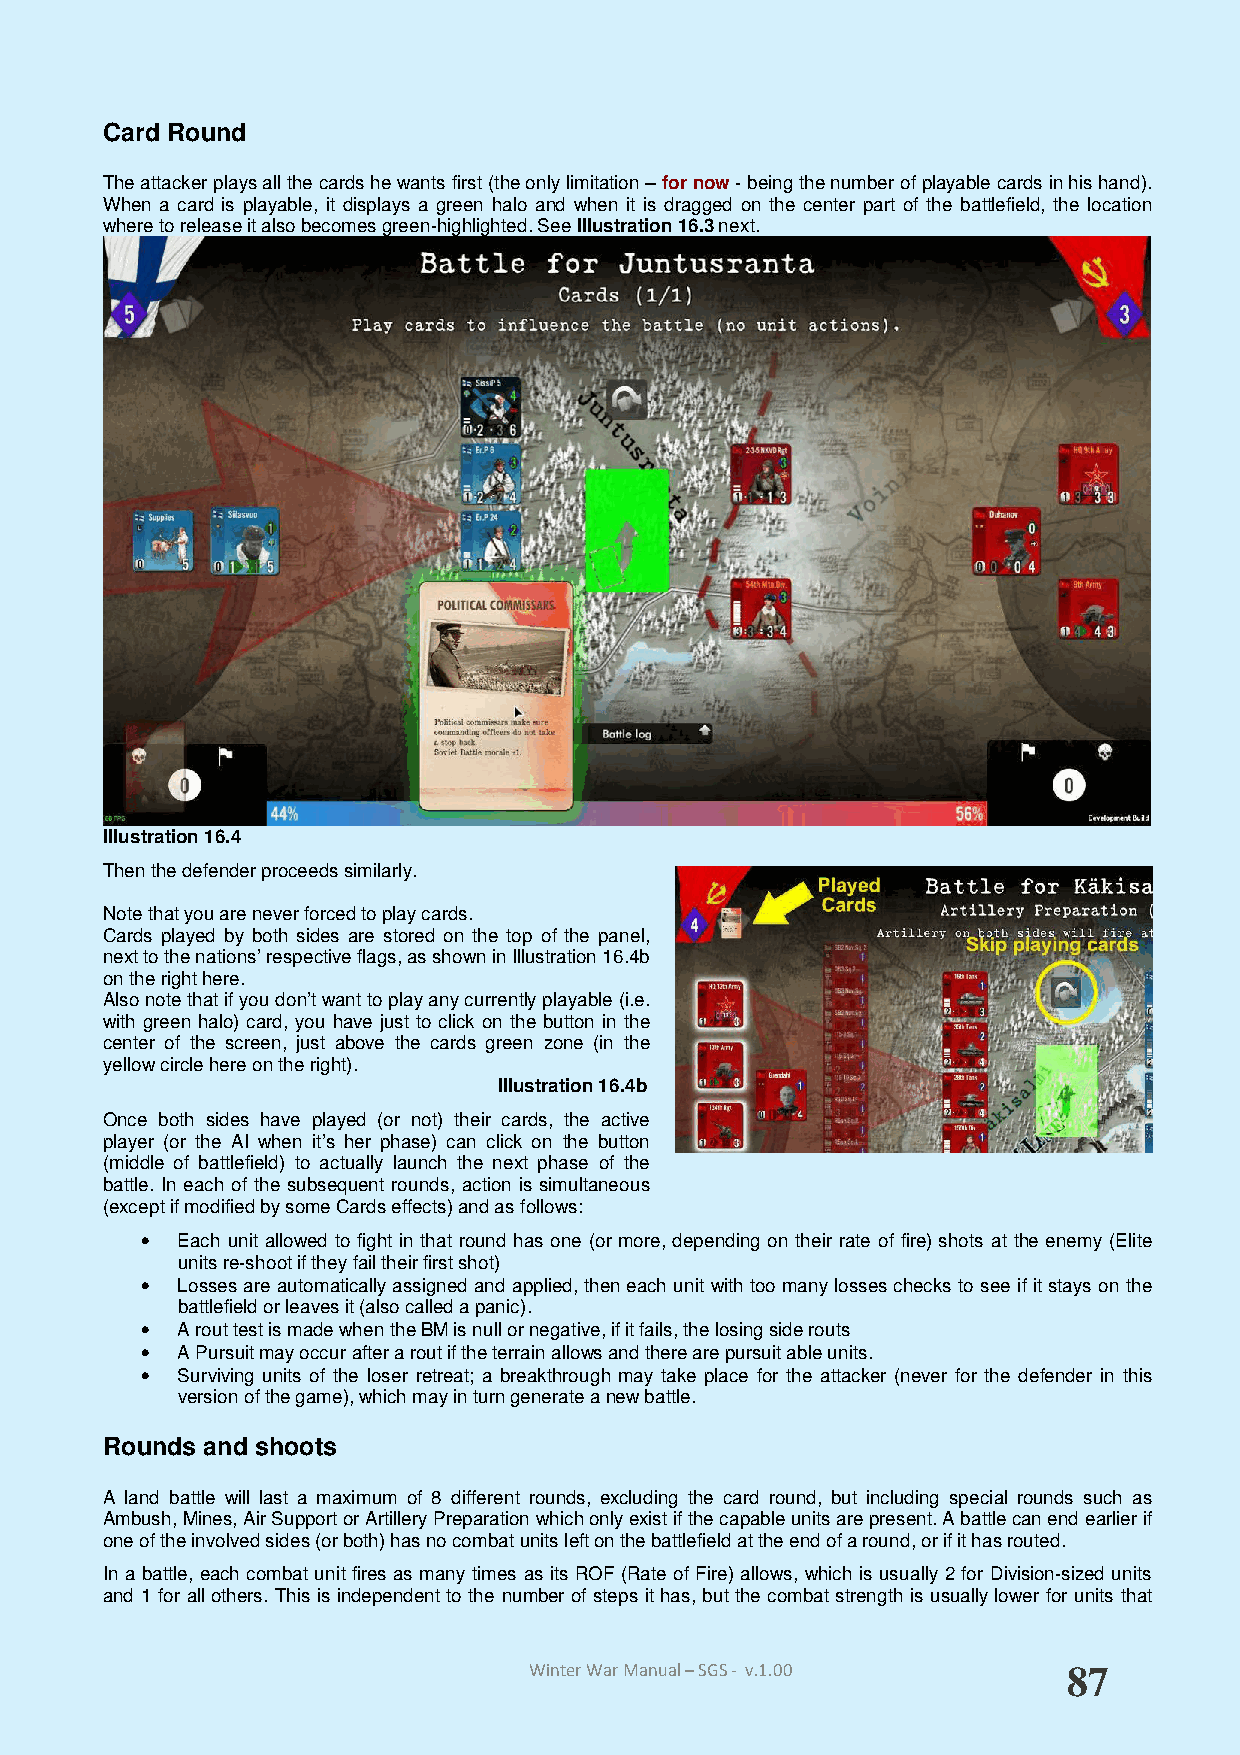
Card Round
 The attacker plays all the cards he wants first (the only limitation – for now - being the number of playable cards in his hand).
 When a card is playable, it displays a green halo and when it is dragged on the center part of the battlefield, the location
 where to release it also becomes green-highlighted. See Illustration 16.3 next.
 Illustration 16.4
 Then the defender proceeds similarly.
 Note that you are never forced to play cards.
 Cards played by both sides are stored on the top of the panel,
 next to the nations’ respective flags, as shown in Illustration 16.4b
 on the right here.
 Also note that if you don’t want to play any currently playable (i.e.
 with green halo) card, you have just to click on the button in the
 center of the screen, just above the cards green zone (in the
 yellow circle here on the right).
 Illustration 16.4b
 Once both sides have played (or not) their cards, the active
 player (or the AI when it’s her phase) can click on the button
 (middle of battlefield) to actually launch the next phase of the
 battle. In each of the subsequent rounds, action is simultaneous
 (except if modified by some Cards effects) and as follows:
 •  Each unit allowed to fight in that round has one (or more, depending on their rate of fire) shots at the enemy (Elite
 units re-shoot if they fail their first shot)
 •  Losses are automatically assigned and applied, then each unit with too many losses checks to see if it stays on the
 battlefield or leaves it (also called a panic).
 •  A rout test is made when the BM is null or negative, if it fails, the losing side routs
 •  A Pursuit may occur after a rout if the terrain allows and there are pursuit able units.
 •  Surviving units of the loser retreat; a breakthrough may take place for the attacker (never for the defender in this
 version of the game), which may in turn generate a new battle.
 Rounds and shoots
 A land battle will last a maximum of 8 different rounds, excluding the card round, but including special rounds such as
 Ambush, Mines, Air Support or Artillery Preparation which only exist if the capable units are present. A battle can end earlier if
 one of the involved sides (or both) has no combat units left on the battlefield at the end of a round, or if it has routed.
 In a battle, each combat unit fires as many times as its ROF (Rate of Fire) allows, which is usually 2 for Division-sized units
 and 1 for all others. This is independent to the number of steps it has, but the combat strength is usually lower for units that
 Winter War Manual – SGS - v.1.00    87